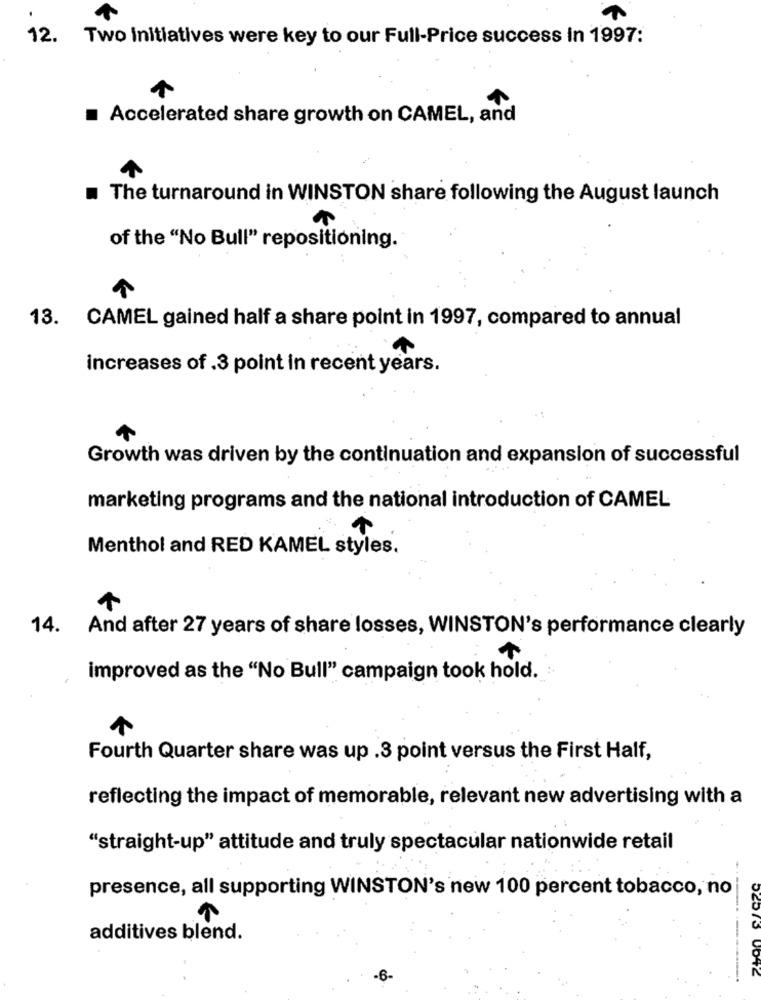
12.
Two initiatives were key to our Full-Price success in 1997:
Accelerated share growth on CAMEL, and
The turnaround in WINSTON share following the August launch
of the "No Bull" repositioning.
13. CAMEL gained half a share point in 1997, compared to annual
increases of .3 point in recent years.
Growth was driven by the continuation and expansion of successful
marketing programs and the national introduction of CAMEL
Menthol and RED KAMEL styles.
14. And after 27 years of share losses, WINSTON's performance clearly
improved as the "No Bull" campaign took hold.
Fourth Quarter share was up .3 point versus the First Half,
reflecting the impact of memorable, relevant new advertising with a
"straight-up" attitude and truly spectacular nationwide retail
presence, all supporting WINSTON's new 100 percent tobacco, no |
additives blend.
52573 0042
..
-6-